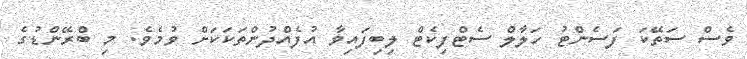
ވެސް ސަތޭކަ ފަސެންޓު ހަލާލް ސެޓްފިކެޓް ލިބިފައިވާ އުފެއްދުންތަކަކަށް ވުމެވެ. މި ބްރޭންޑުގެ